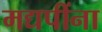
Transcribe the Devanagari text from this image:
मद्यपींना